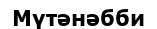
Мүтәнәбби